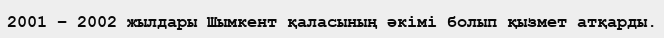
2001 – 2002 жылдары Шымкент қаласының әкімі болып қызмет атқарды.